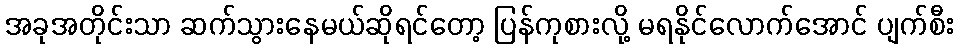
အခုအတိုင်းသာ ဆက်သွားနေမယ်ဆိုရင်တော့ ပြန်ကုစားလို့ မရနိုင်လောက်အောင် ပျက်စီး